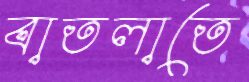
বাতলাতে